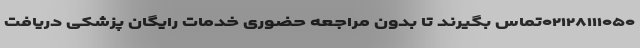
۰۲۱۲۸۱۱۱۰۵۰تماس بگیرند تا بدون مراجعه حضوری خدمات رایگان پزشکی دریافت